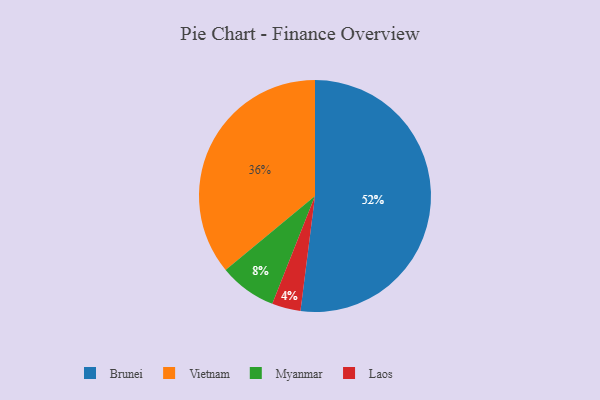
{"axis": {"x": "Category", "y": "Percentage"}, "legend": ["Brunei", "Laos", "Myanmar", "Vietnam"], "data": [{"x": "Myanmar", "y": 8, "type": "Myanmar"}, {"x": "Brunei", "y": 52, "type": "Brunei"}, {"x": "Laos", "y": 4, "type": "Laos"}, {"x": "Vietnam", "y": 36, "type": "Vietnam"}]}